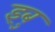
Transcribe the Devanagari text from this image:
इबु